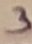
Text: 3